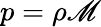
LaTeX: p=\rho\mathscr{M}